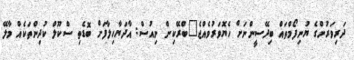
ދަރިވަރުންގެ ޔުނިފޯމްތައް ބިދޭސީންނަށް ހެޔޮވަރުވެއްޖެ"ބްރޭކިން ނިއުސް: އާދަޔާހިލާފަށް ބޮޑެތި ސްކޫލް ކުދިންތަކެއް މާލޭ